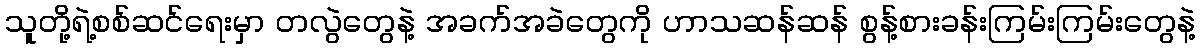
သူတို့ရဲ့စစ်ဆင်ရေးမှာ တလွဲတွေနဲ့ အခက်အခဲတွေကို ဟာသဆန်ဆန် စွန့်စားခန်းကြမ်းကြမ်းတွေနဲ့